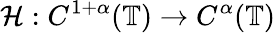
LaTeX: \mathcal{H}:C^{1+\alpha}(\mathbb{T})\rightarrow C^{\alpha}(\mathbb{T})